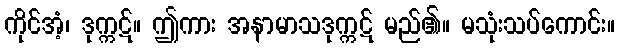
ကိုင်အံ့၊ ဒုက္ကဋ်။ ဤကား အနာမာသဒုက္ကဋ် မည်၏။ မသုံးသပ်ကောင်း။